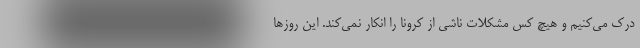
درک می‌کنیم و هیچ کس مشکلات ناشی از کرونا را انکار نمی‌کند. این روزها